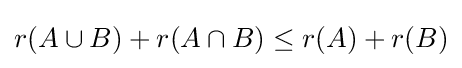
r(A\cup B)+r(A\cap B)\leq r(A)+r(B)